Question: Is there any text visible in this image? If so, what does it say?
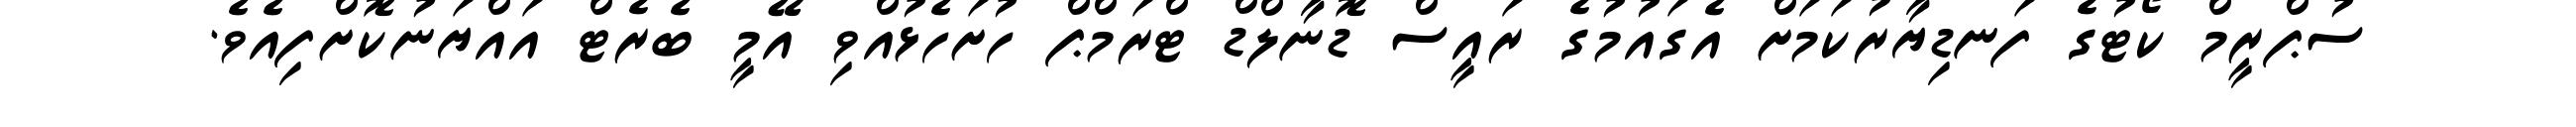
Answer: ސުޕްރީމް ކޯޓުގެ ފަނޑިޔާރުކަމަށް އެގައުމުގެ ރައީސް ޑޮނާލްޑް ޓްރަމްޕް ހުށަހެޅުއްވި އޭމީ ބެރެޓް އައްޔަނުކޮށްފިއެވެ.